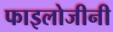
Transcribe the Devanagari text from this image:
फाइलोजीनी